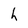
Character: h